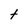
Character: t